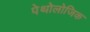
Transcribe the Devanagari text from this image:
पेथोलोजिक